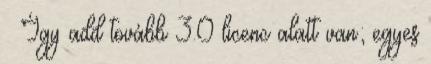
– Így add tovább 3.0 licenc alatt van; egyes